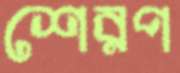
শেরপ